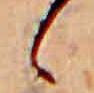
ゝ